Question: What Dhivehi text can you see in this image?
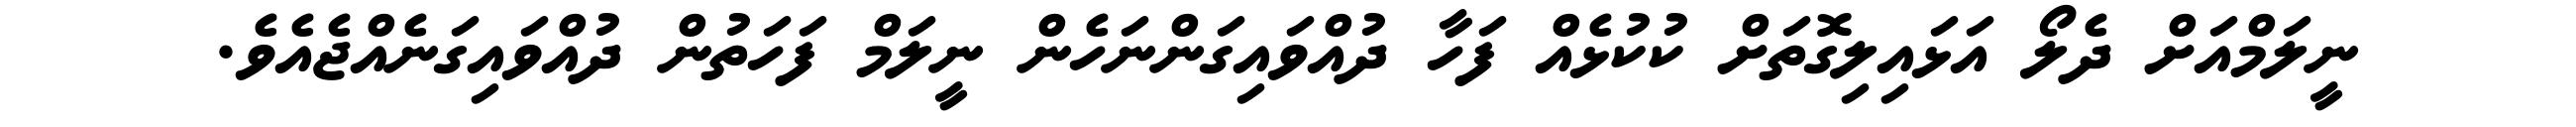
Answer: ނީލަމްއަށް ދެލޯ އަޅައިލިގޮތަށް ކުކުޅެއް ފަހާ ދުއްވައިގަންނަހެން ނީލަމް ފަހަތުން ދުއްވައިގަނެއްޖެއެވެ.